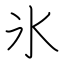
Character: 氷